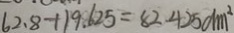
6 2 . 8 + 1 9 . 6 2 5 = 8 2 . 4 2 5 d m ^ { 2 }